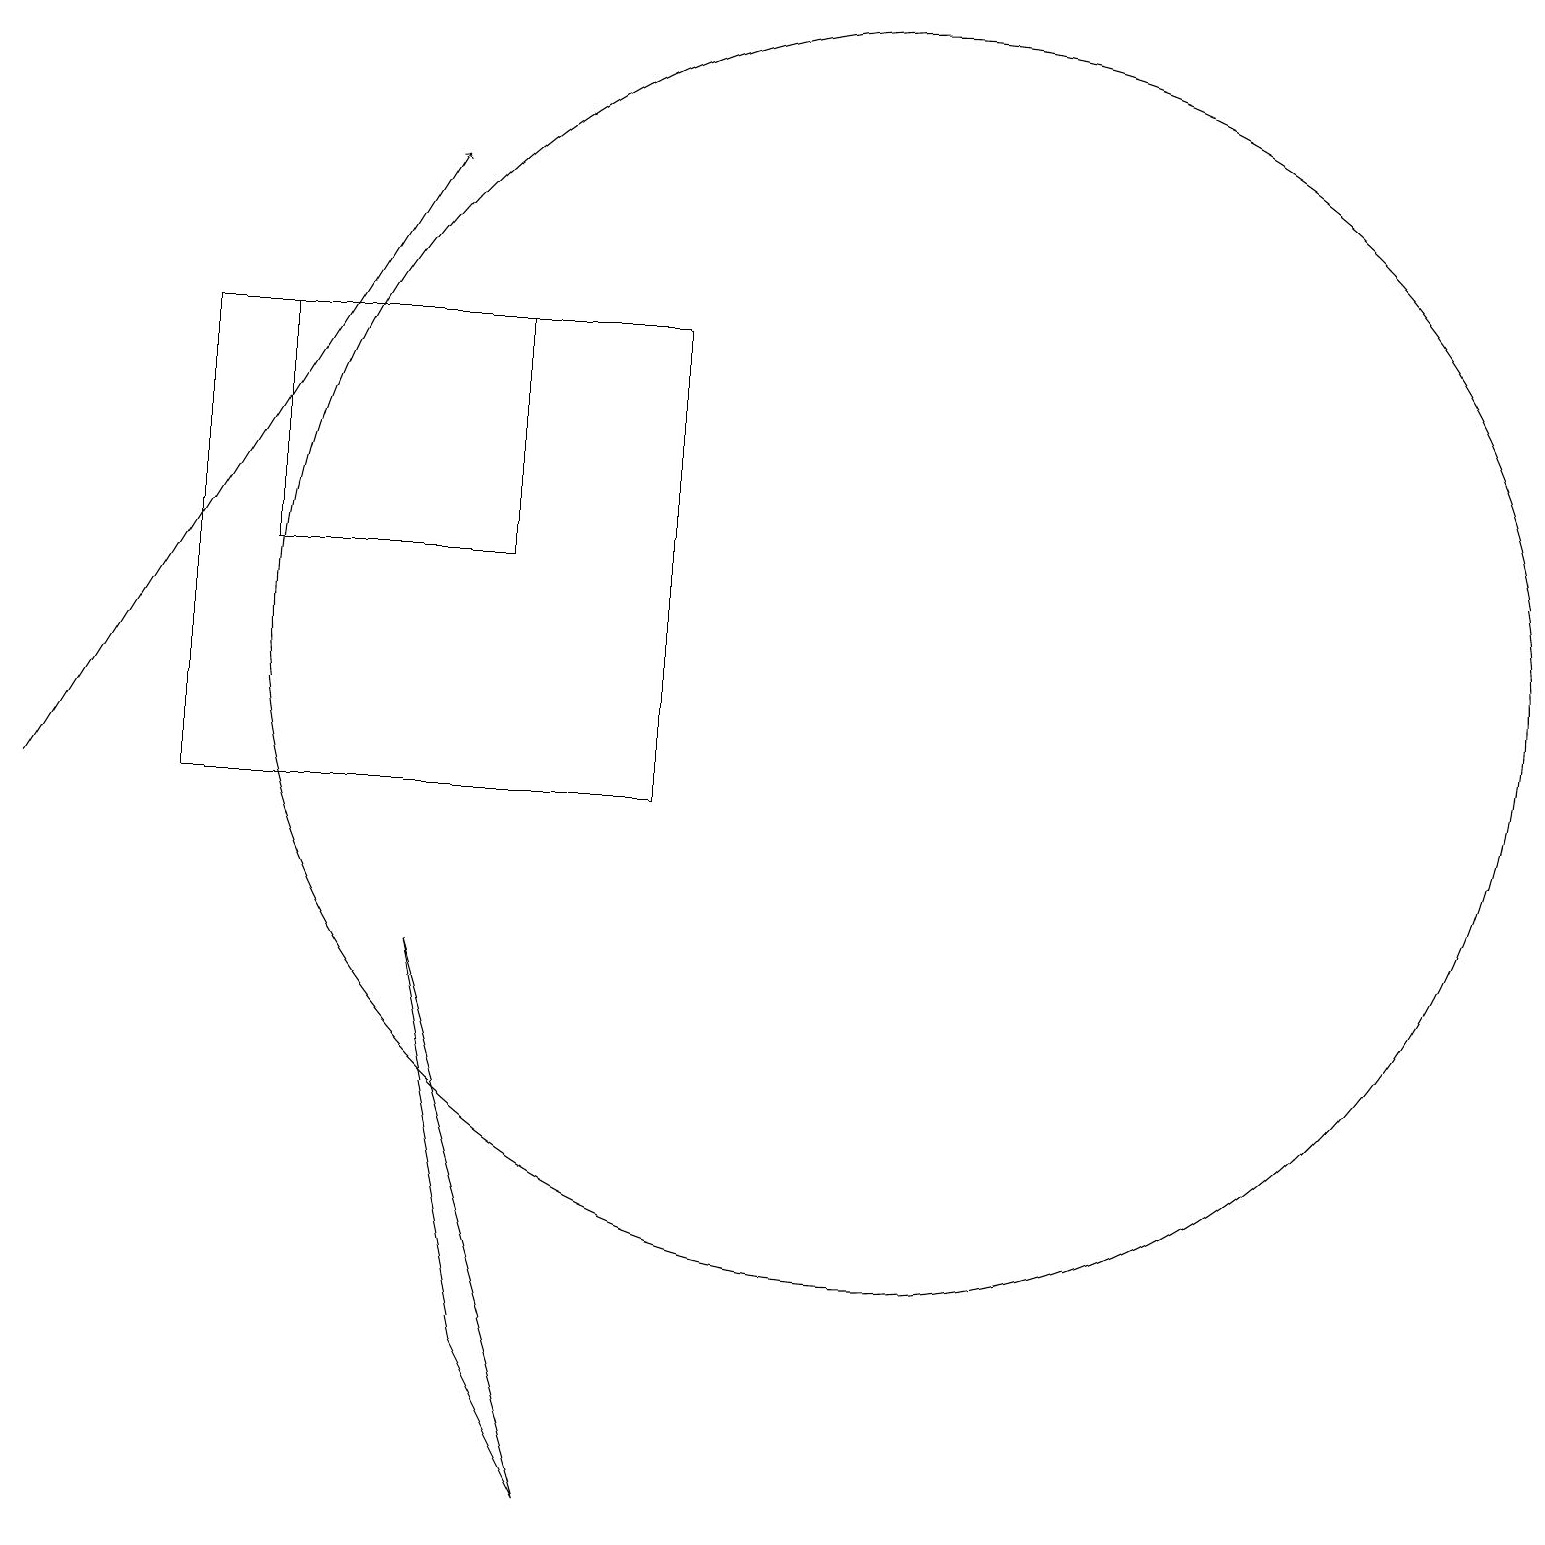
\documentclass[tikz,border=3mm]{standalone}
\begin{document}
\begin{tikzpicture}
\draw (2,16) rectangle (8,10);
\draw[->] (0,10) -- (5,18);
\draw (5,8) -- (7,1) -- (6,3) -- cycle;
\draw (11,12) circle (8);
\draw (6,13) rectangle (3,16);
\draw (10,11) circle (0);
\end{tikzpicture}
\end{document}